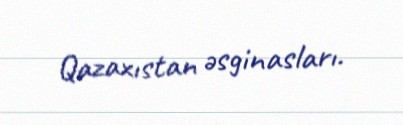
Qazaxıstan əsginasları.